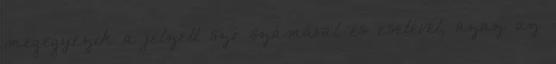
megegyezik a jelzett szó számával és esetével, azaz az